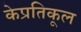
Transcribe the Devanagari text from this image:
केप्रतिकूल